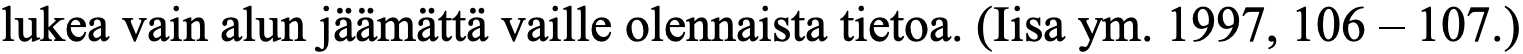
lukea vain alun jäämättä vaille olennaista tietoa. (Iisa ym. 1997, 106 – 107.)